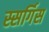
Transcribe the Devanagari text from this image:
स्सर्गिस